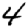
Digit: 4